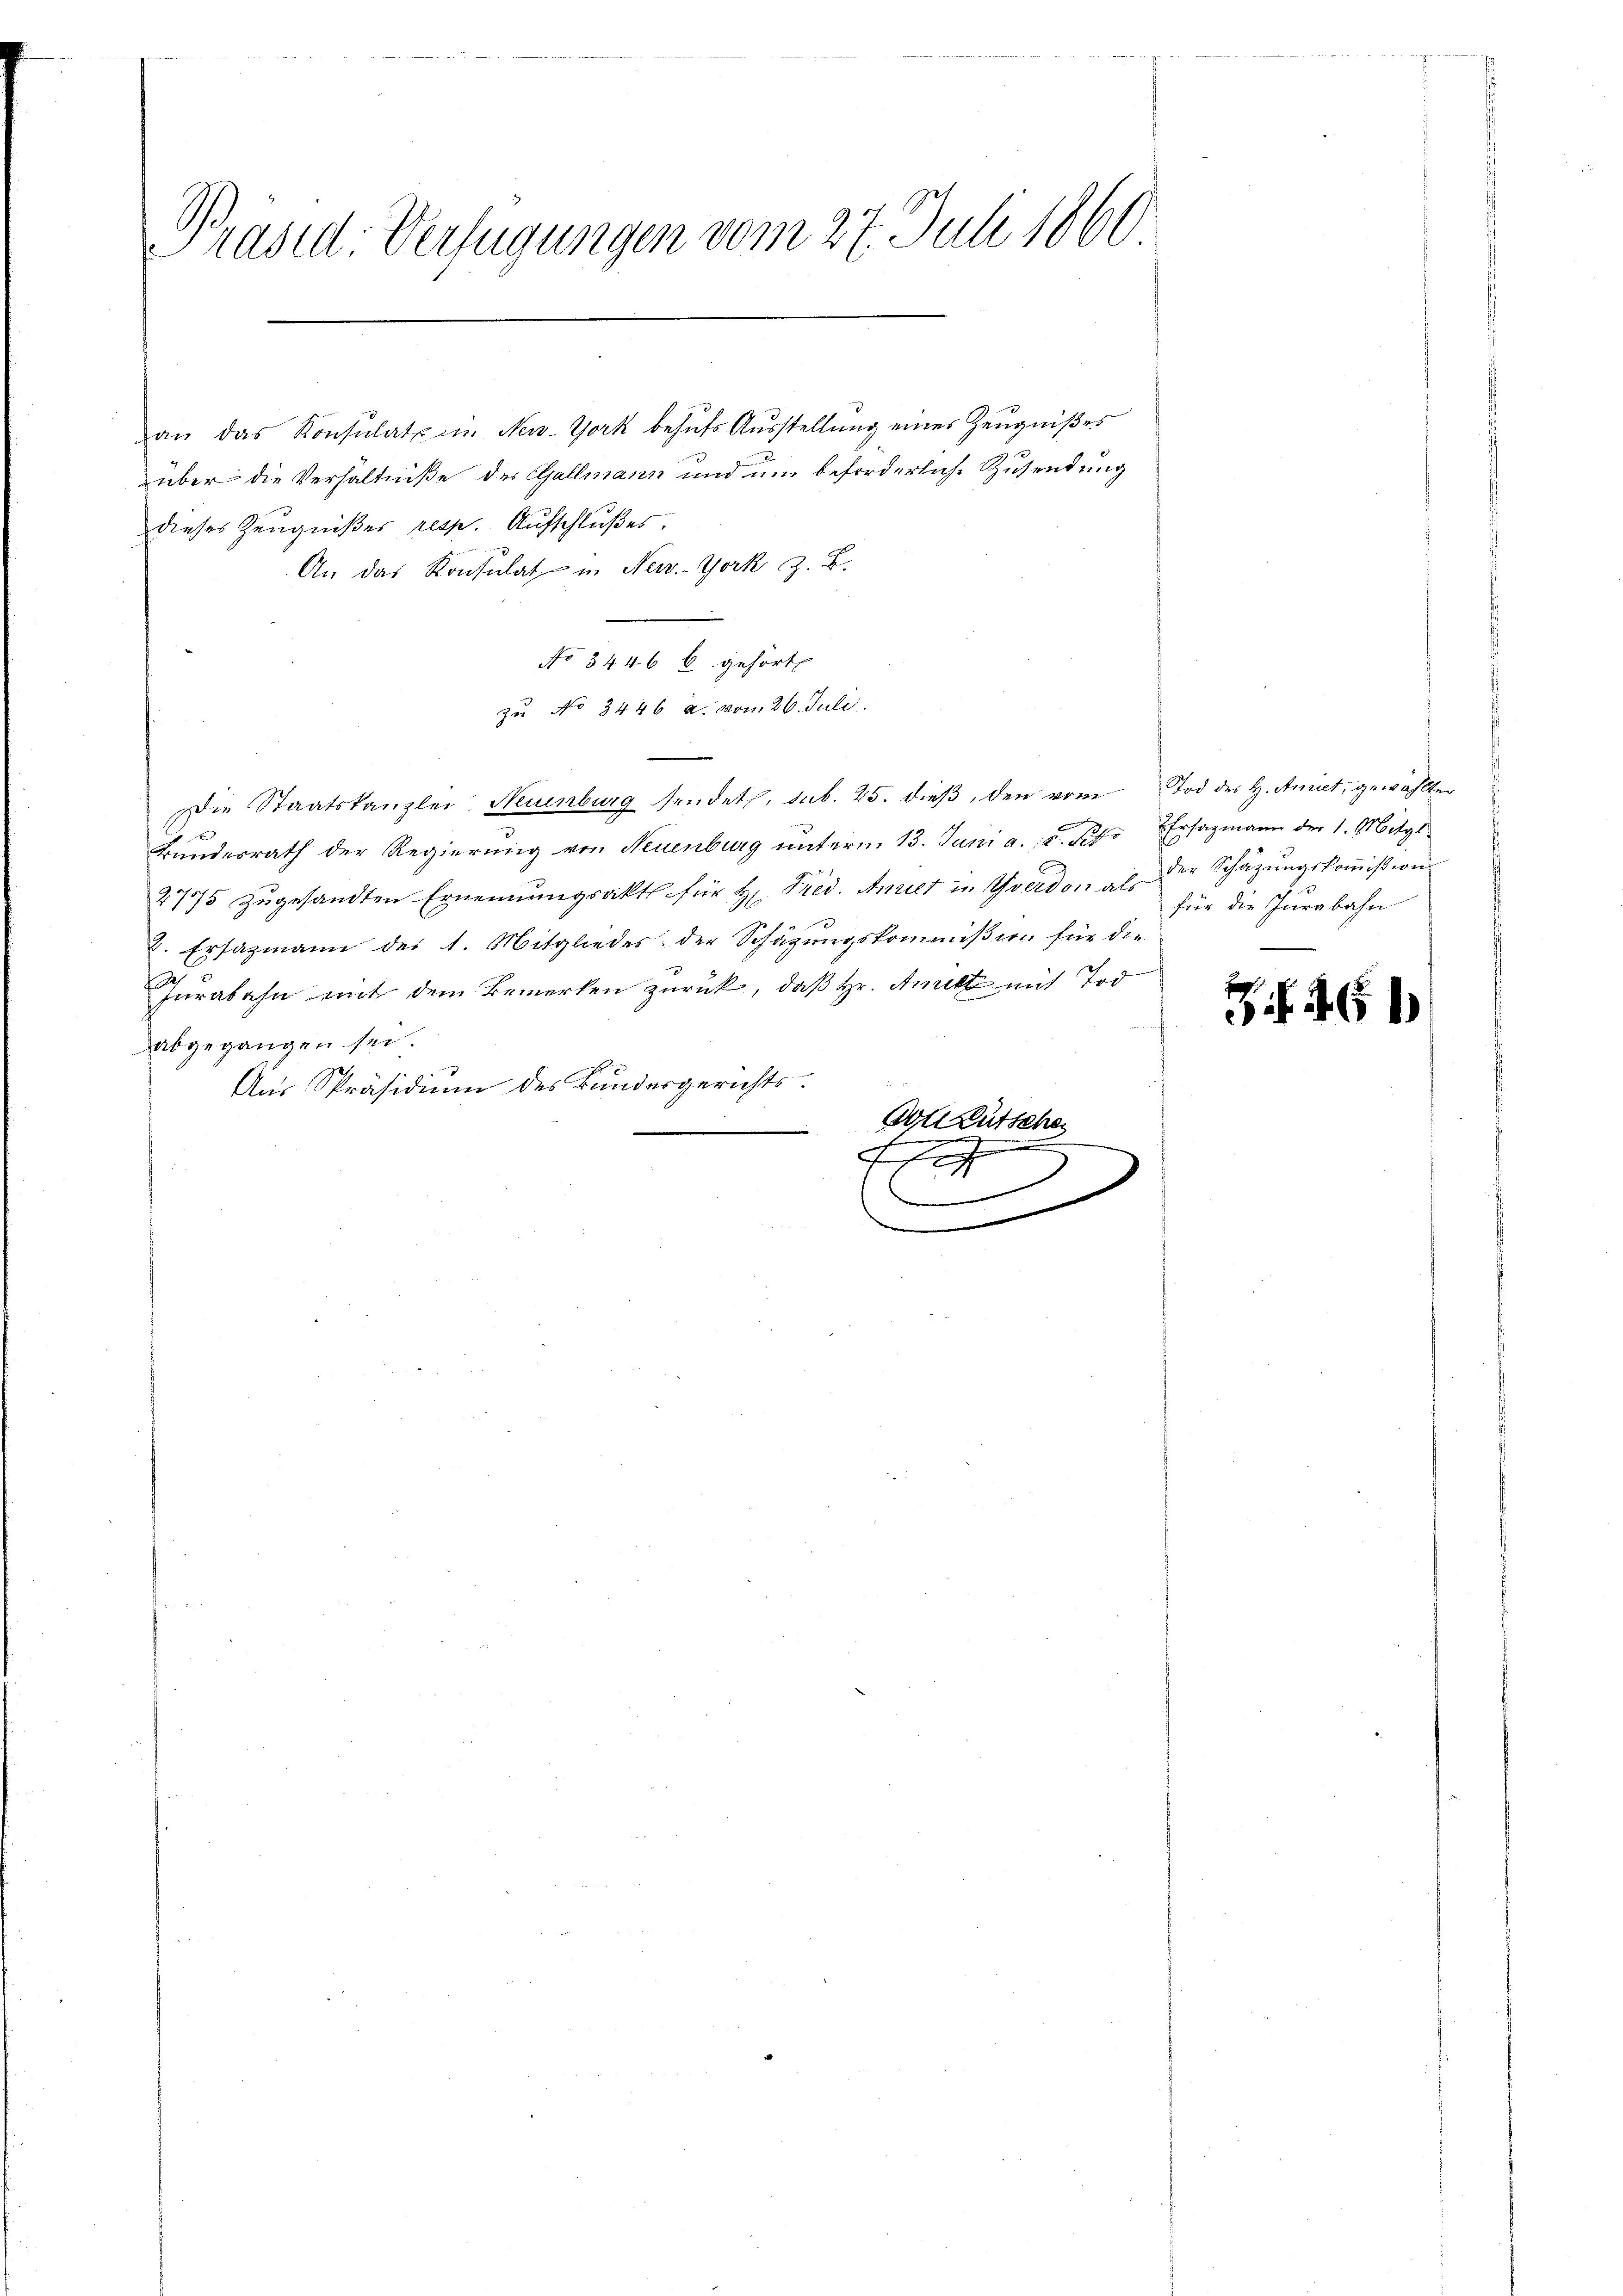
Präsid. Verfügungen vom 27. Juli 1860

an das Konsulat in New-York behufs Ausstellung eines Zeugnißes
über die Verhältniße des Gallmann und um beforderliche Zusendung
dieses Zeugnißes resp. Aufschlußes.
An das Konsulat in New-York z. B.
No 3446 l. gehört
zu No 3446 a. vom 26. Juli.
Die Staatskanzlei Neuenburg sendet. sub. 25. dieβ, den vom Tod des H. Amiet, gewählten
s
.
Bundesrath der Regierung von Neuenburg unterm 13. Juni a. u. Feb. Ersazmann der 1. Mitgl
2775 zŭgesandten Ernennungsakt für Hr. Fred. Anriet in Yverdon als der Schäzŭngskoṁission
2. Ersazmann der 1. Mitgliedes der Schätzŭngskommißion für die
Jurabahn mit dem Bemerken zurück, daß Hr. Anritt mit Tod
dabgegangen sei.
Aus Präsidium des Bundesgerichts¬
Von Lütsche
4
m
.

an einer

für die Jurabahn